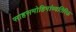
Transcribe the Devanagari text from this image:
साहसमोहिमांव्यतिरिक्त